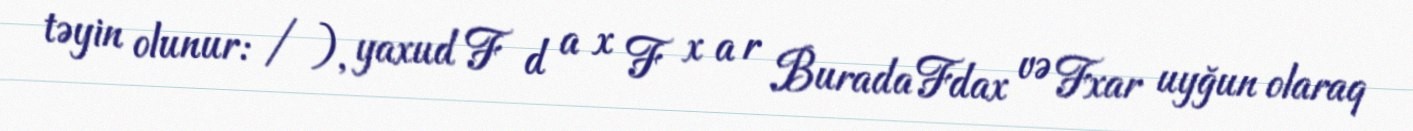
təyin olunur: / ), yaxud F d a x F x a r Burada Fdax və Fxar uyğun olaraq